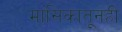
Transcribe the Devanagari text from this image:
मासिकातूनही